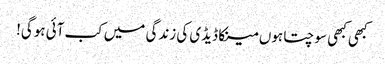
کبھی کبھی سوچتا ہوں مینکا ڈیڈی کی زندگی میں کب آئی ہوگی!